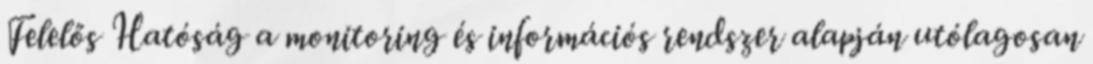
Felelős Hatóság a monitoring és információs rendszer alapján utólagosan